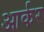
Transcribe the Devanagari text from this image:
आर्कर